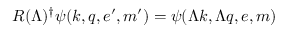
R ( \Lambda ) ^ { \dagger } \psi ( k , q , e ^ { \prime } , m ^ { \prime } ) = \psi ( \Lambda k , \Lambda q , e , m )